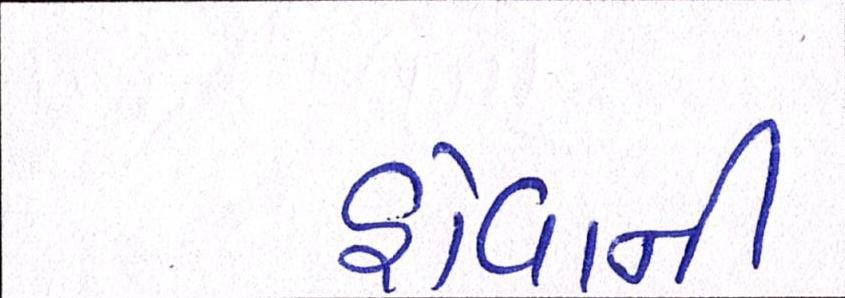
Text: હોવાની